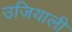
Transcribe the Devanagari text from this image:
उजियाली